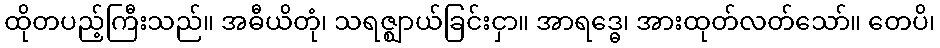
ထိုတပည့်ကြီးသည်။ အဓီယိတုံ၊ သရဇ္ဈာယ်ခြင်းငှာ။ အာရဒ္ဓေ၊ အားထုတ်လတ်သော်။ တေပိ၊